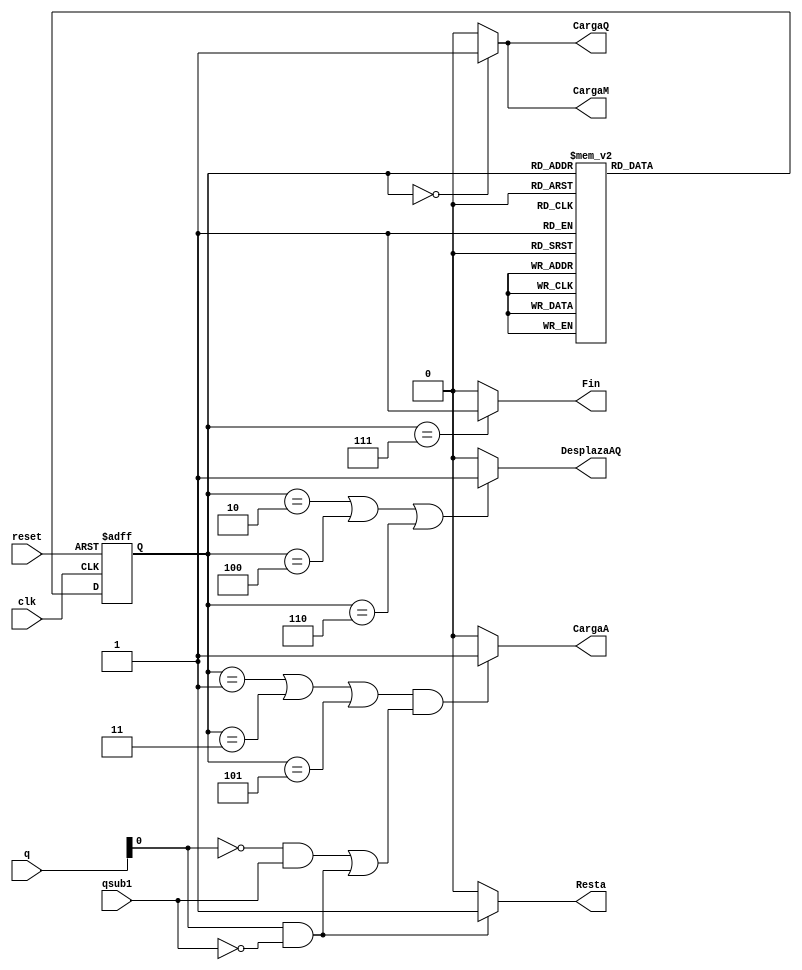
module unidad_control (input wire [2:0] q, input wire qsub1, reset, clk, output wire CargaQ, DesplazaAQ, CargaA, CargaM, Resta, Fin);
// Variables reg que almacenan el estado actual y el siguiente
reg [2:0] estado, estado_siguiente;
// Codificacin de estados
parameter S0 = 3'b000;
parameter S1 = 3'b001;
parameter S2 = 3'b010;
parameter S3 = 3'b011;
parameter S4 = 3'b100;
parameter S5 = 3'b101;
parameter S6 = 3'b110;
parameter S7 = 3'b111;
// Cambios en flacos de subida de clk o reset
always @(posedge clk, posedge reset)
if (reset)
estado <= S0;
else
estado <= estado_siguiente;
// Funcion de transicion
always @(*)
case (estado)
S0: estado_siguiente = S1;
S1: estado_siguiente = S2;
S2: estado_siguiente = S3;
S3: estado_siguiente = S4;
S4: estado_siguiente = S5;
S5: estado_siguiente = S6;
S6: estado_siguiente = S7;
S7: estado_siguiente = S7;
default: estado_siguiente = S0;
endcase
// Funcion de salida
// Utilizar un solo Reset en S0 para todos los registros

assign CargaQ = (estado == S0) ? 1:0;
assign CargaM = (estado == S0) ? 1:0;
assign Reset_A = (estado == S0) ? 1:0;
assign DesplazaAQ = ((estado == S2) || (estado == S4) || (estado == S6)) ? 1:0;

assign CargaA = ( ((estado == S1) || (estado == S3) || (estado == S5)) && (((q[0] == 0) && (qsub1 == 1)) || ((q[0] == 1) && (qsub1 == 0)))) ? 1:0;

assign Resta = ((q[0] == 1) && (qsub1 == 0)) ? 1:0;

assign Fin = (estado == S7) ? 1:0;
endmodule